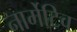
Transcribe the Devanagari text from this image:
नार्मेटिव